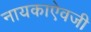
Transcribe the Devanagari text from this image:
नायकाऐवजी